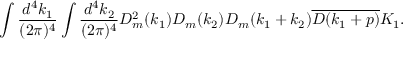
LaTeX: \begin{array} { c } { { \displaystyle \int \frac { d ^ { 4 } k _ { 1 } } { ( 2 \pi ) ^ { 4 } } \int \frac { d ^ { 4 } k _ { 2 } } { ( 2 \pi ) ^ { 4 } } D _ { m } ^ { 2 } ( k _ { 1 } ) D _ { m } ( k _ { 2 } ) D _ { m } ( k _ { 1 } + k _ { 2 } ) \overline { { { D ( k _ { 1 } + p ) } } } K _ { 1 } . } } \end{array}